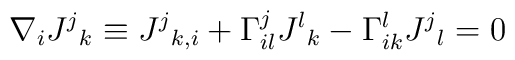
\nabla_i J^j{}_k \equiv J^j{}_{k,i} +\Gamma^{j}_{il}J^l{}_{k}-\Gamma^{l}_{ik}J^j{}_{l} = 0